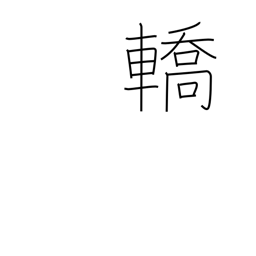
Meaning: litter